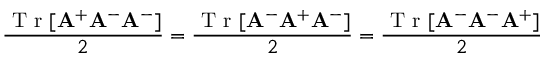
\frac { \mathrm { ~ T ~ r ~ } [ \mathbf { A } ^ { + } \mathbf A ^ { - } \mathbf { A } ^ { - } ] } { 2 } = \frac { \mathrm { ~ T ~ r ~ } [ \mathbf { A } ^ { - } \mathbf A ^ { + } \mathbf { A } ^ { - } ] } { 2 } = \frac { \mathrm { ~ T ~ r ~ } [ \mathbf { A } ^ { - } \mathbf A ^ { - } \mathbf { A } ^ { + } ] } { 2 }